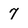
Character: 7